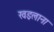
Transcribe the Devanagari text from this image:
खइलाना